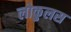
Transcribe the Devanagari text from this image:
लोकुलस